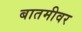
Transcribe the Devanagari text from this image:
बातमीवर